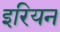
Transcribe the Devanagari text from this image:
इरियन